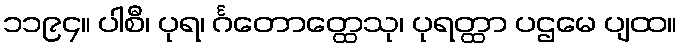
၁၁၉၄။ ပါစီ၊ ပုရ၊ င်္ဂတောတ္ထေသု၊ ပုရတ္ထာ ပဌမေ ပျထ။